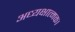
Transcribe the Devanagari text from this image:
अध्यक्षात्मक।